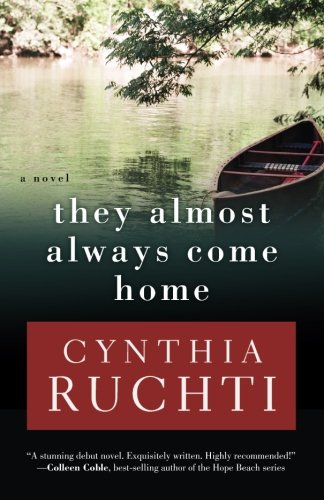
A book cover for They Almost Always Come Home; Cynthia Ruchti; Religion & Spirituality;